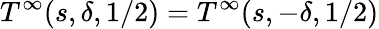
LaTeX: T^{\infty}(s,\delta,1/2)=T^{\infty}(s,-\delta,1/2)